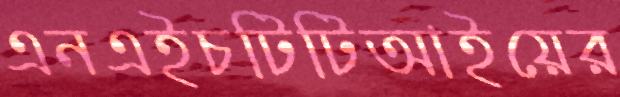
এনএইচটিটিআইয়ের